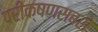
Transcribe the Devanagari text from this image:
परीक्षणसबसे